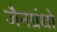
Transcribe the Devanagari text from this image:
जैनग्रंथो